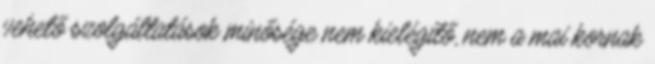
vehető szolgáltatások minősége nem kielégítő, nem a mai kornak